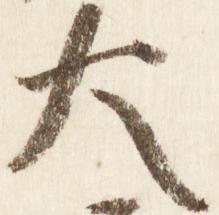
大